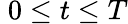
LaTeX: \; 0\leq t\leq T